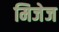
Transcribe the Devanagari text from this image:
मिजेज